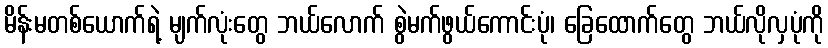
မိန်းမတစ်ယောက်ရဲ့ မျက်လုံးတွေ ဘယ်လောက် စွဲမက်ဖွယ်ကောင်းပုံ၊ ခြေထောက်တွေ ဘယ်လိုလှပုံကို